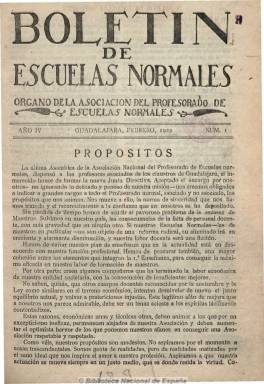
Título: Boletín de escuelas normales
Colección: Educación
Ámbito geográfico: Guadalajara
Lugar de publicación: Guadalajara
Fechas: 01/02/1922-31/12/1922

Como continuación del boletín que venían publicando anteriormente los profesores de Primaria de Guadalajara, en 1922 se convierte en órgano de la Asociación Nacional del Profesorado de Escuelas Normales, publicándose bajo este título, con periodicidad mensual durante todo este año, excepto de julio a septiembre, hasta que, en 1923, lo cambia por: Revista de escuelas normales (1923-1936). Publica números que van desde las diez páginas iniciales hasta las 36. Además de ser una publicación de carácter profesional y societaria, en la que queda reflejada la inquietud reformista y de renovación pedagógica que se vivió en España, fue también un punto de encuentro intelectual y científico. Ya en su primer número da cuenta del “pavoroso problema de la escasez de maestros” existente entonces en España, y sus páginas serán reflejo del interés por un cambio y reforma en esta materia.

Además de incluir comentarios a la legislación normativa sobre enseñanza, publicó artículos doctrinales, una revista de prensa y bibliografía, información sobre los congresos pedagógicos y de educación, cuestiones inspectoras y reivindicaciones económicas, noticias varias, cartas al ministro de Instrucción Pública, y dio cabida a los debates y conflictos entre las distintas tendencias entre los maestros. Da cuenta también de las asambleas, acuerdos y actividad de la propia asociación.

Fue dirigido por Modesto Bargalló y en el escriben profesores de las distintas escuelas normales españolas, que sobresaldrán durante las décadas de los veinte y treinta del siglo pasado. Colaboran científicos, como Enrique Rioja, Antonio de Gregorio Rocasolano o Sean Sarrailh, o destacados profesores, como Juan de Zaragüeta, Luis de Zulueta, Rodolfo Tomás y Samper o Jacobo Orellana, además de aparecer las firmas de Rafael Altamira y Pedro Herce, entre otras.